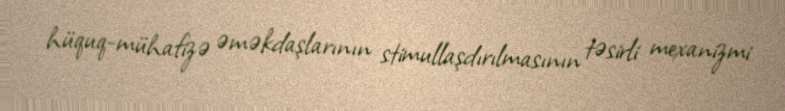
hüquq-mühafizə əməkdaşlarının stimullaşdırılmasının təsirli mexanizmi